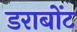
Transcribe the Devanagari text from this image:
डराबोंट